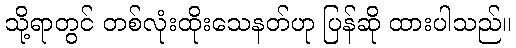
သို့ရာတွင် တစ်လုံးထိုးသေနတ်ဟု ပြန်ဆို ထားပါသည်။